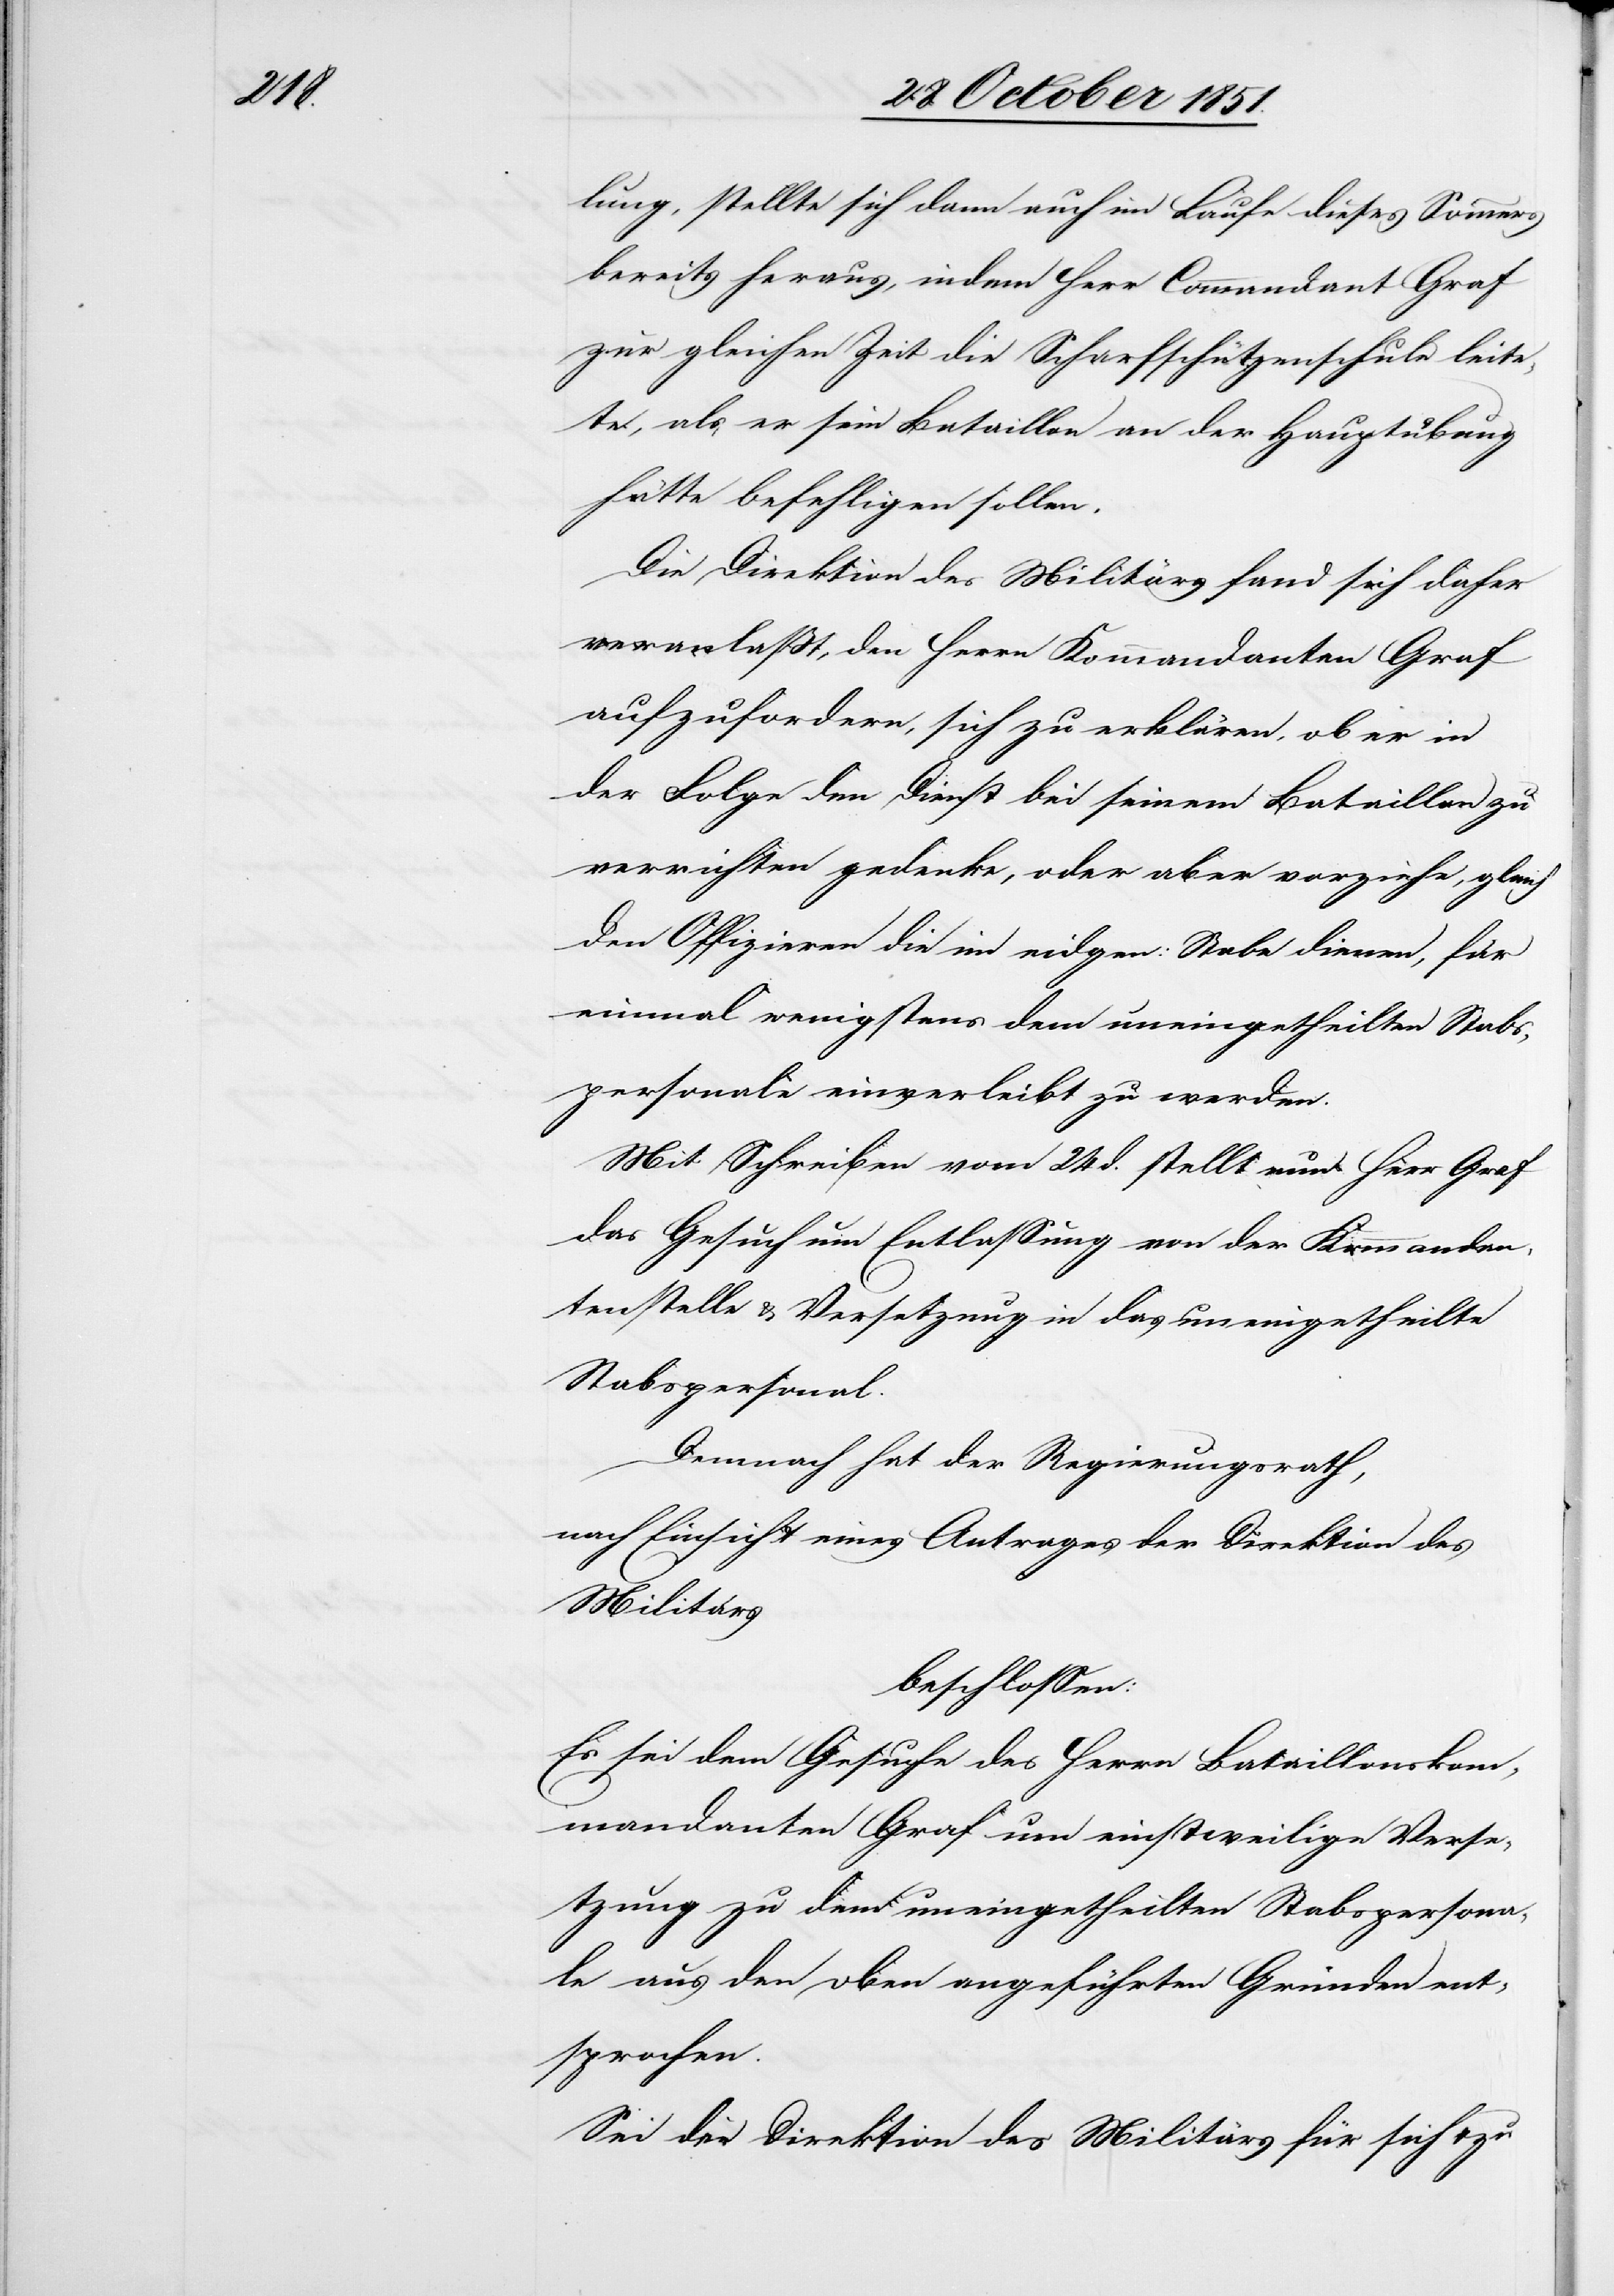
lung, stellte sich dann auch im Laufe dieses Sommers
bereits heraus, indem Herr Commandant Graf
zur gleichen Zeit die Scharfschützenschule leite¬
te, als er sein Bataillon an der Hauptübung
hätte befehligen sollen.
Die Direktion des Militärs fand sich daher
veranlaßt, den Herrn Kommandanten Graf
aufzufordern, sich zu erklären, ob er in
der Folge den Dienst bei seinem Bataillon zu
verrichten gedenke, oder aber vorziehe, gleich
den Offizieren die im eidgen: Stabe dienen, für
einmal wenigstens dem uneingetheilten Stabs¬
personale einverleibt zu werden.
Mit Schreiben vom 24 d. stellt nun Herr Graf
das Gesuch um Entlassung von der Kommandan¬
tenstelle & Versetzung in das uneingetheilte
Stabspersonal.
Demnach hat der Regierungsrath,
nach Einsicht eines Antrages der Direktion des
Militärs
beschlossen:
Es sei dem Gesuche des Herrn Bataillonskom¬
mandanten Graf um einstweilige Verse¬
tzung zu dem uneingetheilten Stabspersona¬
le aus den oben angeführten Gründen ent¬
sprochen.
Sei der Direktion des Militärs für sich & zu